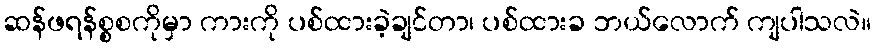
ဆန်ဖရန်စ္စစကိုမှာ ကားကို ပစ်ထားခဲ့ချင်တာ၊ ပစ်ထားခ ဘယ်လောက် ကျပါသလဲ။